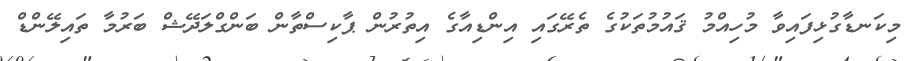
މިކަނޑާގުޅިފައިވާ މުހިއްމު ޤައުމުތަކުގެ ތެރޭގައި އިންޑިއާގެ އިތުރުން ޕާކިސްތާން ބަންގްލަދޭޝް ބަރުމާ ތައިލޭންޑް